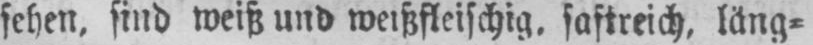
sehen, sind weiß und weißfleischig, saftreich, läng⸗